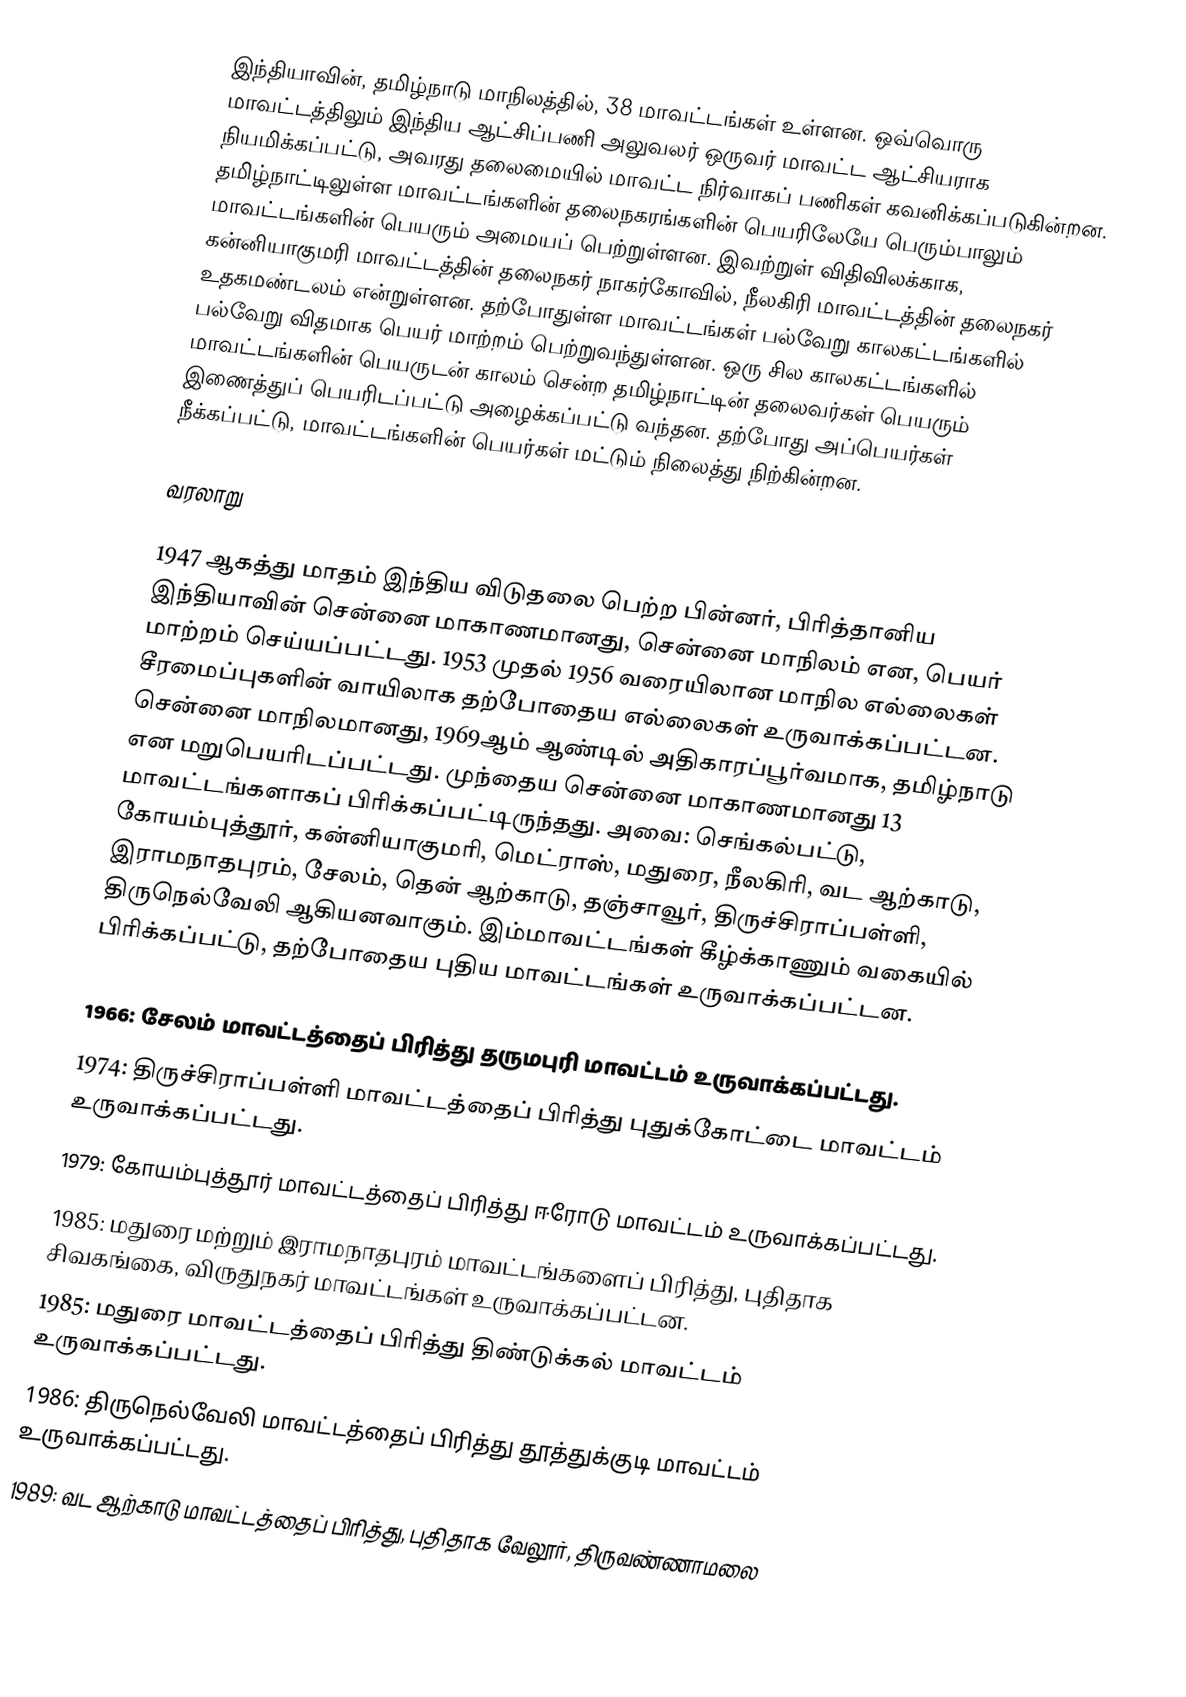
இந்தியாவின், தமிழ்நாடு மாநிலத்தில், 38 மாவட்டங்கள் உள்ளன. ஒவ்வொரு மாவட்டத்திலும் இந்திய ஆட்சிப்பணி அலுவலர் ஒருவர் மாவட்ட ஆட்சியராக நியமிக்கப்பட்டு, அவரது தலைமையில் மாவட்ட நிர்வாகப் பணிகள் கவனிக்கப்படுகின்றன. தமிழ்நாட்டிலுள்ள மாவட்டங்களின் தலைநகரங்களின் பெயரிலேயே பெரும்பாலும் மாவட்டங்களின் பெயரும் அமையப் பெற்றுள்ளன. இவற்றுள் விதிவிலக்காக, கன்னியாகுமரி மாவட்டத்தின் தலைநகர் நாகர்கோவில், நீலகிரி மாவட்டத்தின் தலைநகர் உதகமண்டலம் என்றுள்ளன. தற்போதுள்ள மாவட்டங்கள் பல்வேறு காலகட்டங்களில் பல்வேறு விதமாக பெயர் மாற்றம் பெற்றுவந்துள்ளன. ஒரு சில காலகட்டங்களில் மாவட்டங்களின் பெயருடன் காலம் சென்ற தமிழ்நாட்டின் தலைவர்கள் பெயரும் இணைத்துப் பெயரிடப்பட்டு அழைக்கப்பட்டு வந்தன. தற்போது அப்பெயர்கள் நீக்கப்பட்டு, மாவட்டங்களின் பெயர்கள் மட்டும் நிலைத்து நிற்கின்றன.

வரலாறு

1947 ஆகத்து மாதம் இந்திய விடுதலை பெற்ற பின்னர், பிரித்தானிய இந்தியாவின் சென்னை மாகாணமானது, சென்னை மாநிலம் என, பெயர் மாற்றம் செய்யப்பட்டது. 1953 முதல் 1956 வரையிலான மாநில எல்லைகள் சீரமைப்புகளின் வாயிலாக தற்போதைய எல்லைகள் உருவாக்கப்பட்டன. சென்னை மாநிலமானது, 1969ஆம் ஆண்டில் அதிகாரப்பூர்வமாக, தமிழ்நாடு என மறுபெயரிடப்பட்டது. முந்தைய சென்னை மாகாணமானது 13 மாவட்டங்களாகப் பிரிக்கப்பட்டிருந்தது. அவை: செங்கல்பட்டு, கோயம்புத்தூர், கன்னியாகுமரி, மெட்ராஸ், மதுரை, நீலகிரி, வட ஆற்காடு, இராமநாதபுரம், சேலம், தென் ஆற்காடு, தஞ்சாவூர், திருச்சிராப்பள்ளி, திருநெல்வேலி ஆகியனவாகும். இம்மாவட்டங்கள் கீழ்க்காணும் வகையில் பிரிக்கப்பட்டு, தற்போதைய புதிய மாவட்டங்கள் உருவாக்கப்பட்டன.

 1966: சேலம் மாவட்டத்தைப் பிரித்து தருமபுரி மாவட்டம் உருவாக்கப்பட்டது.
 1974: திருச்சிராப்பள்ளி மாவட்டத்தைப் பிரித்து புதுக்கோட்டை மாவட்டம் உருவாக்கப்பட்டது.
 1979: கோயம்புத்தூர் மாவட்டத்தைப் பிரித்து ஈரோடு மாவட்டம் உருவாக்கப்பட்டது.
 1985: மதுரை மற்றும் இராமநாதபுரம் மாவட்டங்களைப் பிரித்து, புதிதாக சிவகங்கை, விருதுநகர் மாவட்டங்கள் உருவாக்கப்பட்டன.
 1985: மதுரை மாவட்டத்தைப் பிரித்து திண்டுக்கல் மாவட்டம் உருவாக்கப்பட்டது.
 1986: திருநெல்வேலி மாவட்டத்தைப் பிரித்து தூத்துக்குடி மாவட்டம் உருவாக்கப்பட்டது.
 1989: வட ஆற்காடு மாவட்டத்தைப் பிரித்து, புதிதாக வேலூர், திருவண்ணாமலை